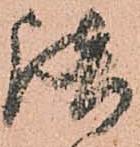
談